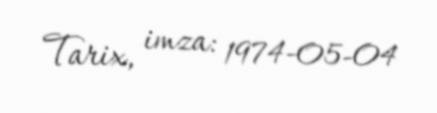
Tarix, imza: 1974-05-04